65_HS1-834228961_62-HQ-83894_SUB_A
Agency: FBI
Page 24
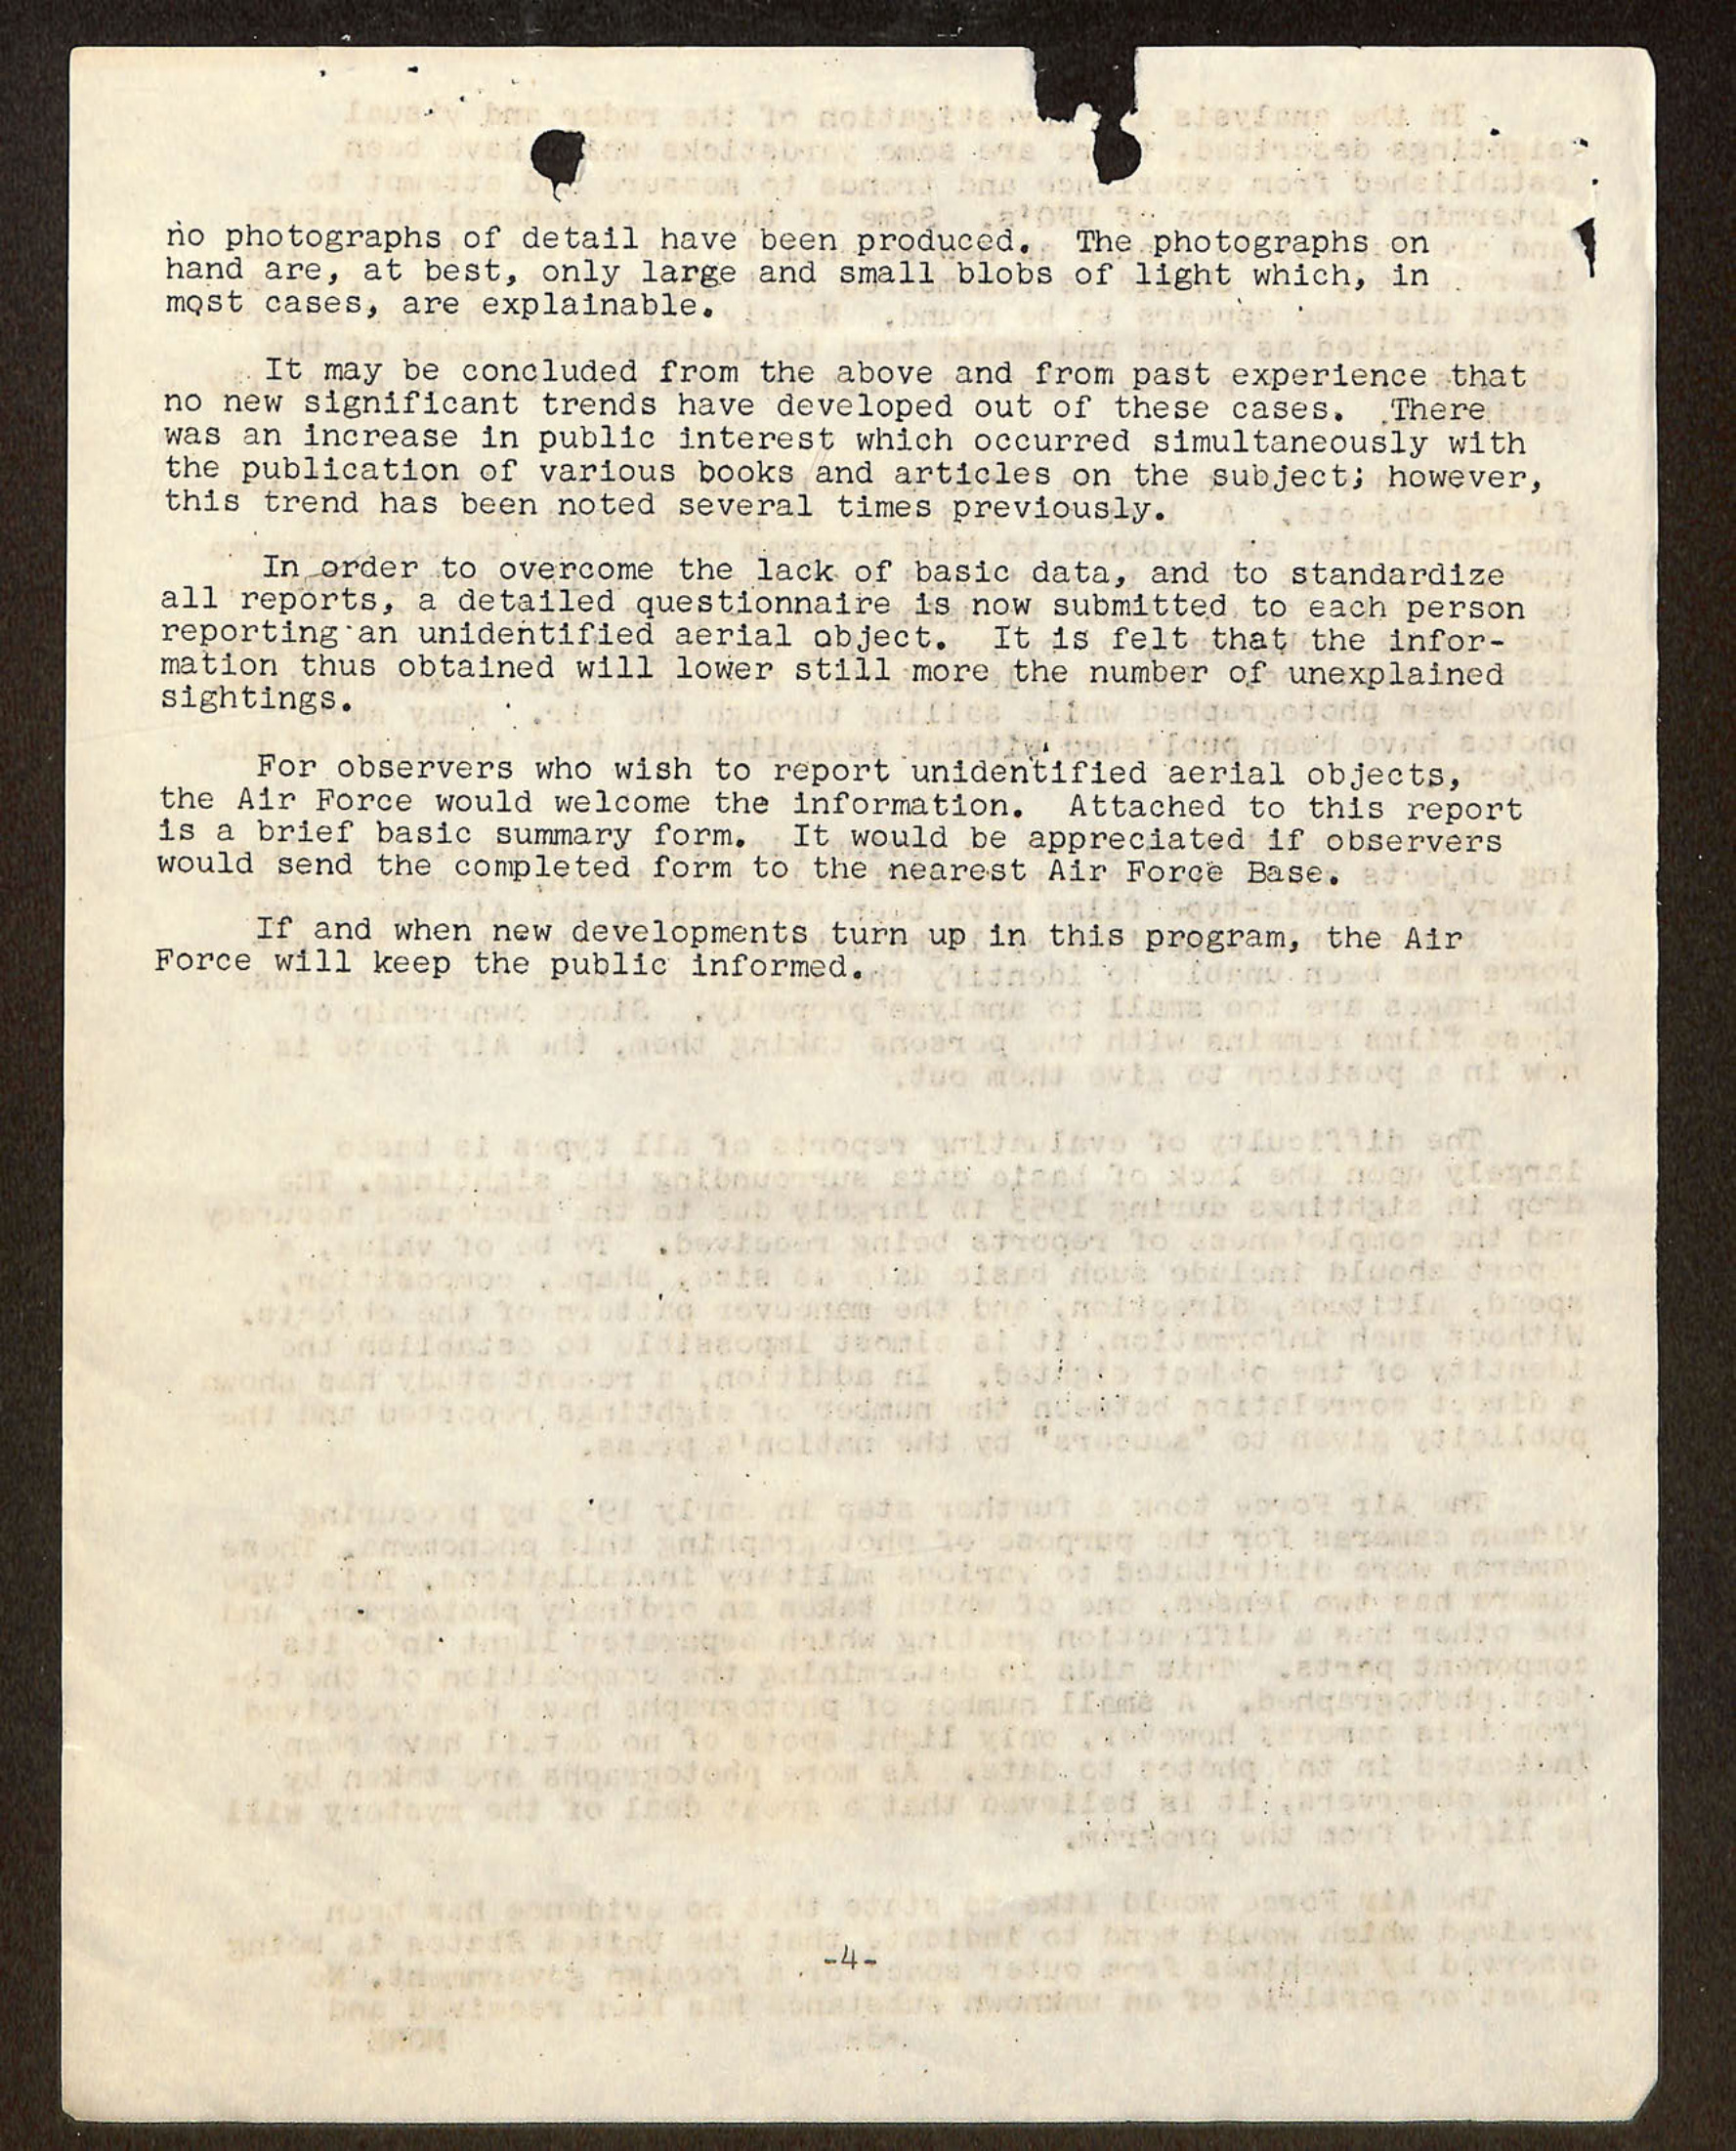